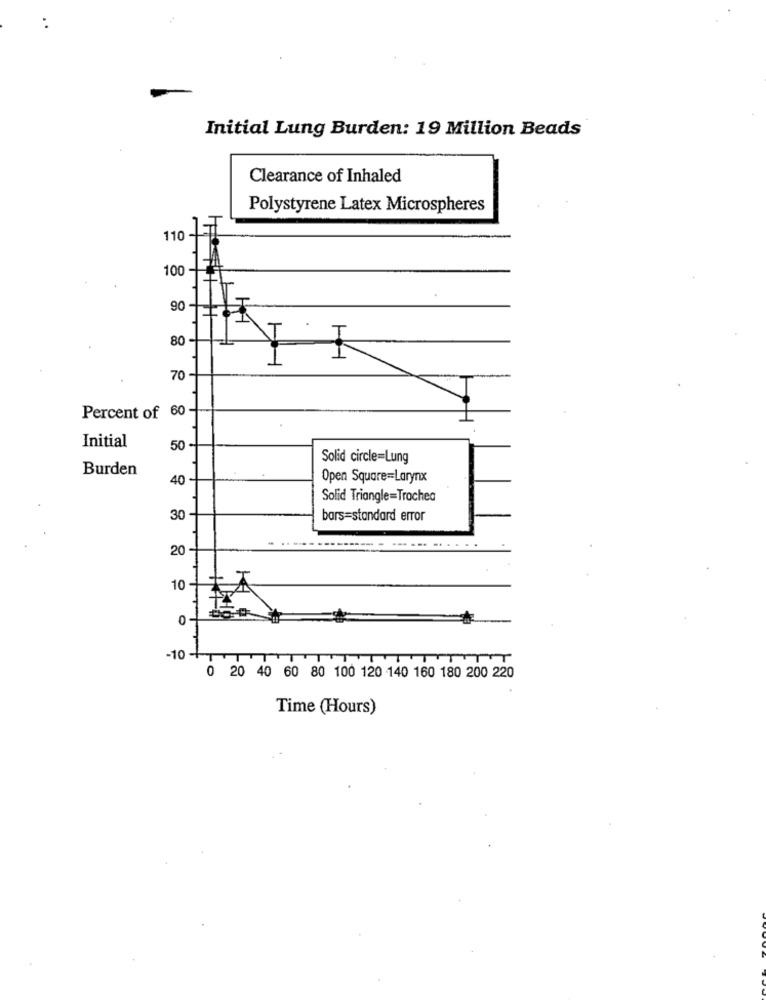
Initial Lung Burden: 19 Million Beads
Clearance of Inhaled
Polystyrene Latex Microspheres
110 -
100
90
80
70
Percent of 60
Initial
50
Solid circle=Lung
Burden
40
Open Square=Larynx
Solid Triangle=Trochea
30
bars=standard error
20-
10.
0
-10
0 20 40 60 80 100 120 140 160 180 200 220
Time (Hours)